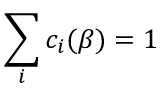
\sum _ { i } c _ { i } ( \beta ) = 1